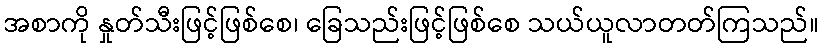
အစာကို နှုတ်သီးဖြင့်ဖြစ်စေ၊ ခြေသည်းဖြင့်ဖြစ်စေ သယ်ယူလာတတ်ကြသည်။